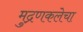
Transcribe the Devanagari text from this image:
मुद्रणकलेचा